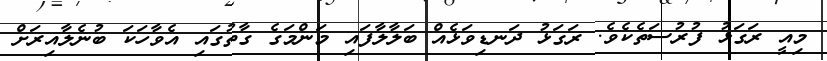
މިއީ ރަގަޅު ފުރުސަތެކެވެ. ރަގަޅު ދަނޑިވަޅެއް ބަލާލާފައި މަންމަގެ ގާތުގައި އެވާހަކަ ބުނެލާއިރަށް